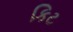
કિટ